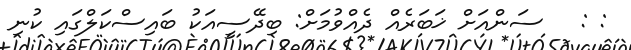
: :   ސަންއަށް ޚަބަރެއް ދެއްވުމަށް: ބިދޭސީއަކު ބައިސްކަލްގައި ކުނި